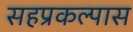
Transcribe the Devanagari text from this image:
सहप्रकल्पास